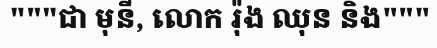
"""ជា មុនី, លោក រ៉ុង ឈុន និង"""